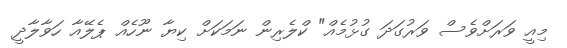
މިއީ ވަރަށްވެސް ވަރުގަދަ ގުޅުމެއް" ކްލެރިން ނަމަކަށް ކިޔާ ނޫހެއް ޕެލޭއާ ހަވާލާދީ